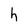
Character: h